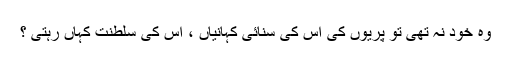
وہ خود نہ تھی تو پریوں کی اس کی سنائی کہانیاں ، اس کی سلطنت کہاں رہتی ؟